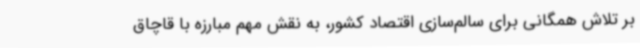
بر تلاش همگانی برای سالم‌سازی اقتصاد کشور، به نقش مهم مبارزه با قاچاق